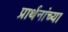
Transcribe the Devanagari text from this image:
प्रार्थनांच्या